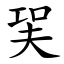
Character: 㠬